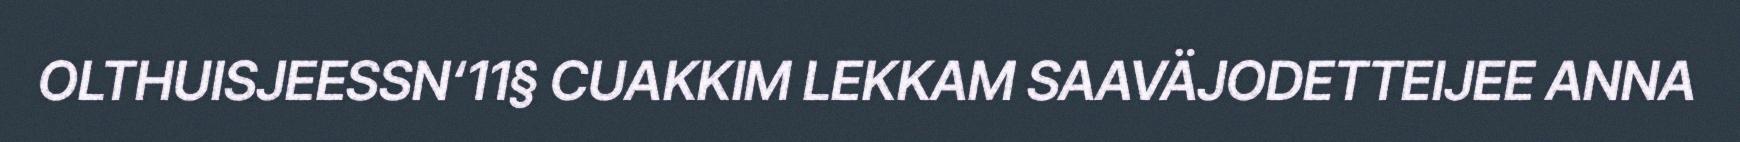
OLTHUISJEESSN‘11§ CUAKKIM LEKKAM SAAVÄJODETTEIJEE ANNA